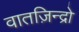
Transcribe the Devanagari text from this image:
वातज़िन्द्रो